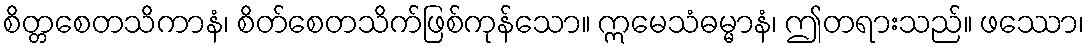
စိတ္တစေတသိကာနံ၊ စိတ်စေတသိက်ဖြစ်ကုန်သော။ ဣမေသံဓမ္မာနံ၊ ဤတရားသည်။ ဖဿော၊